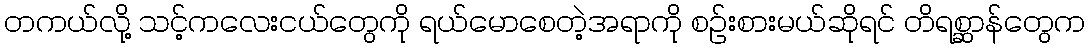
တကယ်လို့ သင့်ကလေးငယ်တွေကို ရယ်မောစေတဲ့အရာကို စဥ်းစားမယ်ဆိုရင် တိရစ္ဆာန်တွေက